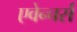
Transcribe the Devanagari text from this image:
एवेन्चर्स